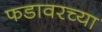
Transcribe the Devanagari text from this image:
फडावरच्या